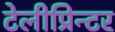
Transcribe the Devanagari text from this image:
टेलीप्रिन्टर